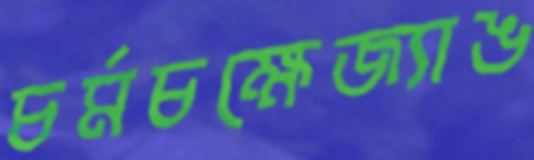
চর্মচক্ষেজ্যাঙ